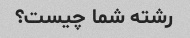
رشته شما چیست؟